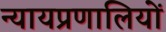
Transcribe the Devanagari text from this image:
न्यायप्रणालियों